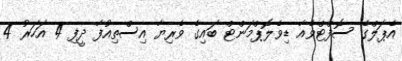
އެޕަލްގެ ސޮފްޓްވެއާ ޑިވެލޮޕްމަންޓް ބައިގެ ވެރިޔާ އިސްތިއުފާ ދީފި 4 އަހަރު 4